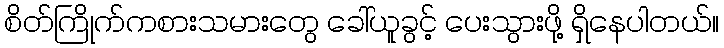
စိတ်ကြိုက်ကစားသမားတွေ ခေါ်ယူခွင့် ပေးသွားဖို့ ရှိနေပါတယ်။